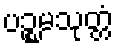
ပဉ္စမသုတ္တံ